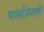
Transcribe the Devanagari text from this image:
वय्कज़िनस्की